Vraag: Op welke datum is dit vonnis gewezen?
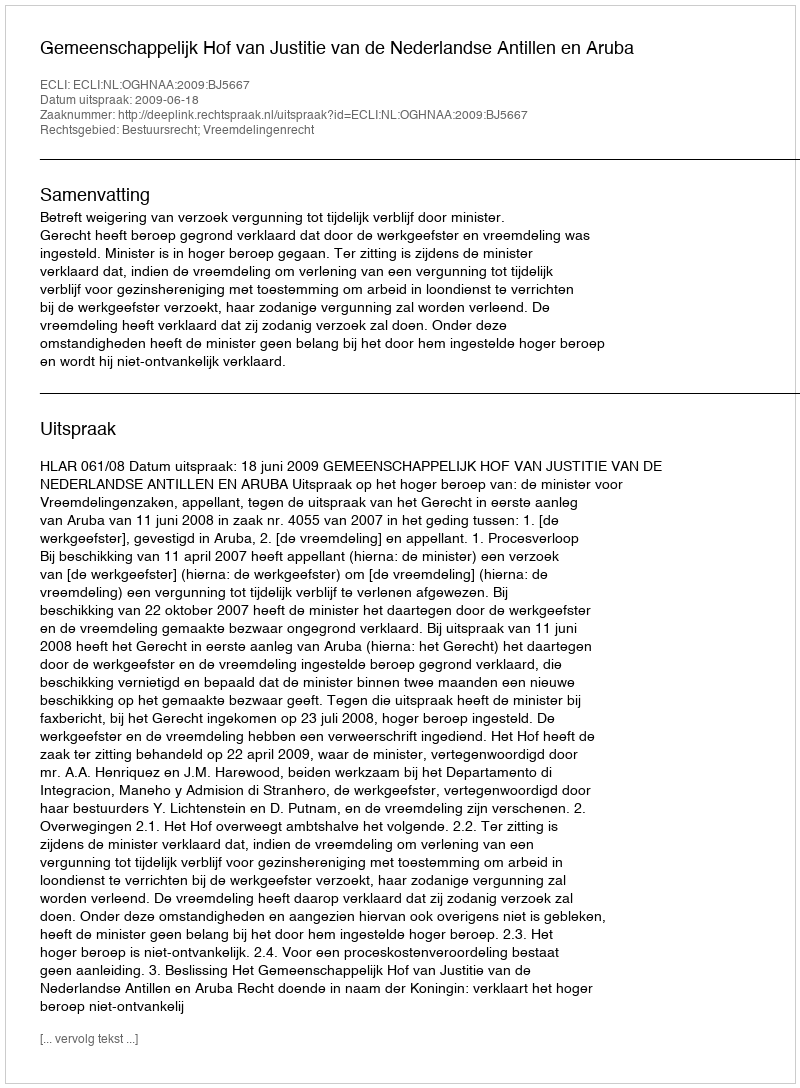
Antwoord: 2009-06-18